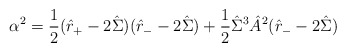
\begin{align*}\alpha^2 = \frac{1}{2} (\hat{r}_+-2\hat{\Sigma})(\hat{r}_- -2\hat{\Sigma}) + \frac{1}{2}\hat{\Sigma}^3 \hat{A}^2 (\hat{r}_- - 2\hat{\Sigma})\end{align*}